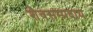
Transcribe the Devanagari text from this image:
शैवसम्प्रदाय